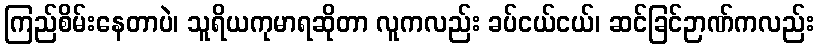
ကြည်စိမ်းနေတာပဲ၊ သူရိယကုမာရဆိုတာ လူကလည်း ခပ်ငယ်ငယ်၊ ဆင်ခြင်ဉာဏ်ကလည်း